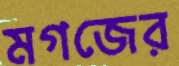
মগজের